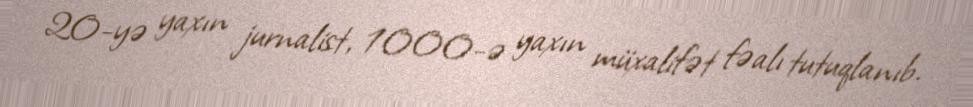
20-yə yaxın jurnalist, 1000-ə yaxın müxalifət fəalı tutuqlanıb.